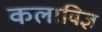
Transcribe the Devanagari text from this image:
कलाविज्ञ